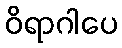
ဝိရာဂါပေ